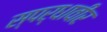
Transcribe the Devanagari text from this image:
स्पर्धावीर